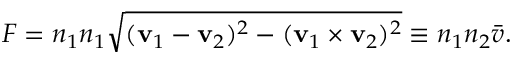
F = n _ { 1 } n _ { 1 } { \sqrt { ( \mathbf { v } _ { 1 } - \mathbf { v } _ { 2 } ) ^ { 2 } - ( \mathbf { v } _ { 1 } \times \mathbf { v } _ { 2 } ) ^ { 2 } } } \equiv n _ { 1 } n _ { 2 } { \bar { v } } .